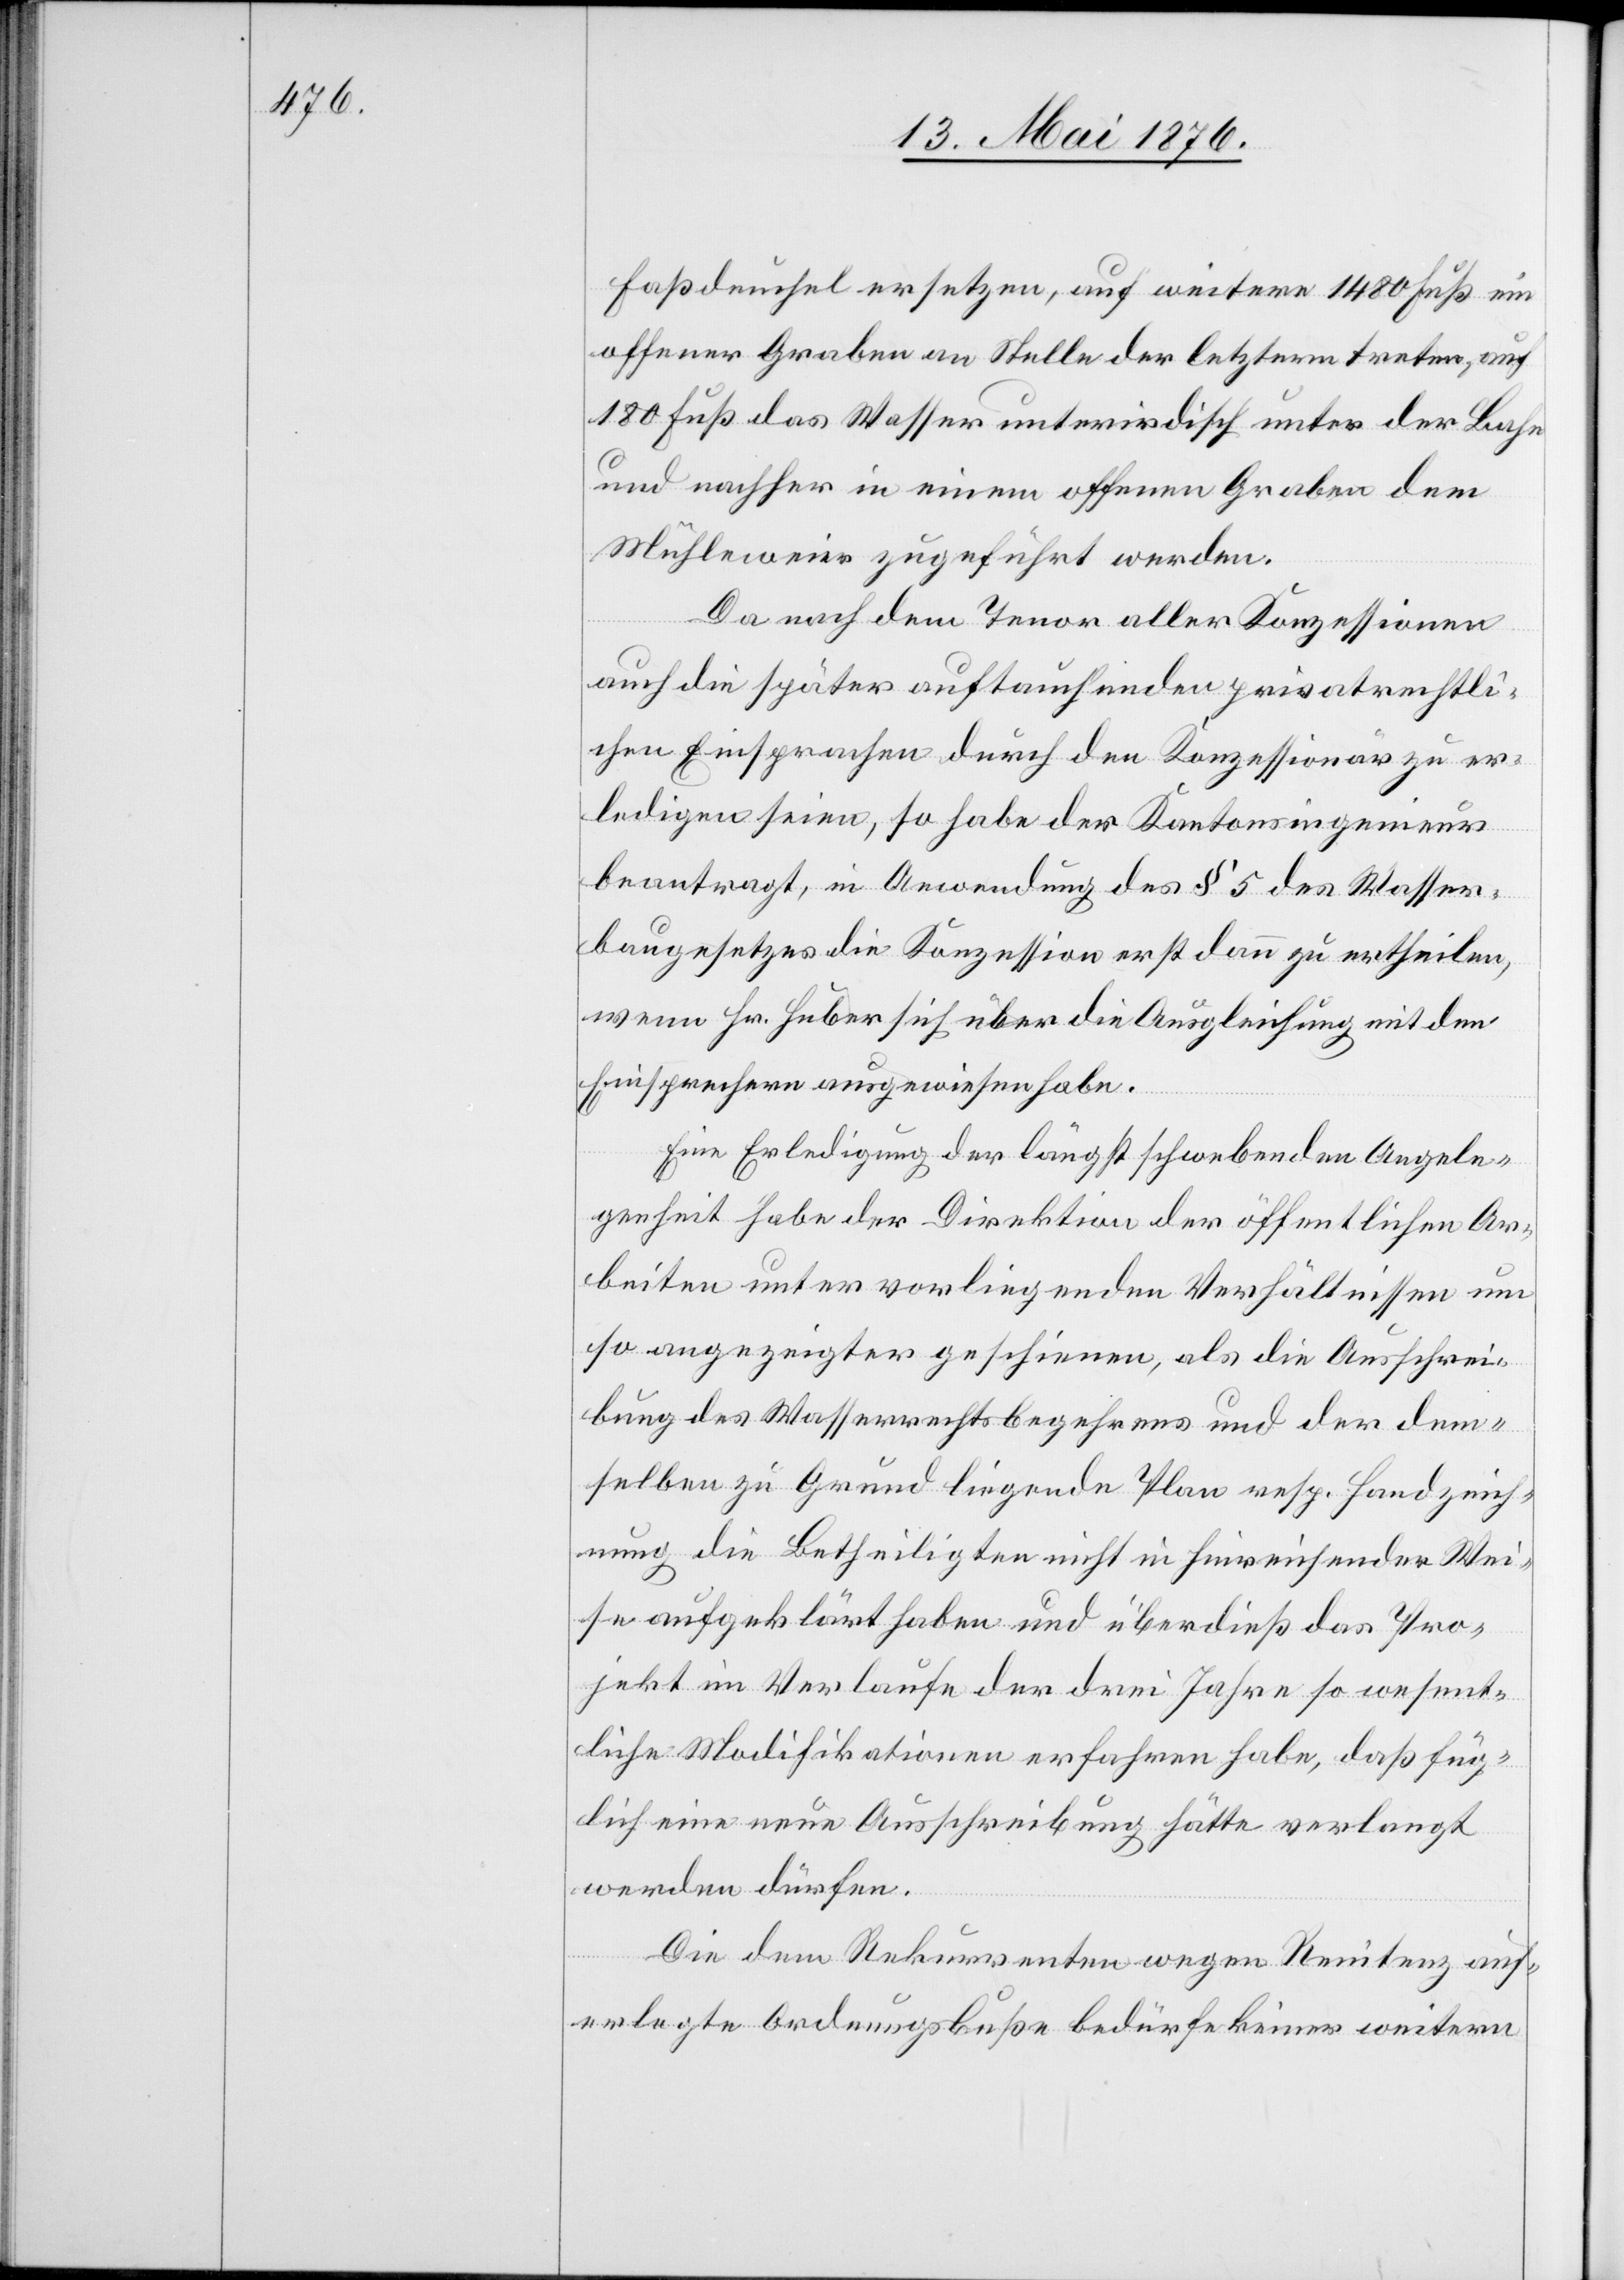
Faßdeckel ersetzen, auf weitere 1480 Fuß ein
offener Graben an Stelle der letztern treten, auf
180 Fuß das Wasser unterirdisch unter der Bahn
und nachher in einem offenen Graben dem
Mühleweier zugeführt werden.
Da nach dem Tenor aller Konzessionen
auch die später auftauchenden privatrechtli¬
chen Einsprachen durch den Konzessionär zu er¬
ledigen seien, so habe der Kantonsingenieur
beantragt, in Anordnung des § 5 des Wasser¬
baugesetzes die Konzession erst dann zu ertheilen,
wenn Hr. Huber sich über die Ausgleichung mit den
Einsprechern ausgewiesen habe.
Eine Erledigung der längst schwebenden Angele¬
genheit habe der Direktion der öffentlichen Ar¬
beiten unter vorliegenden Verhältnissen um
so angezeigter geschienen, als die Ausschrei¬
bung des Wasserrechtsbegehrens und der dem¬
selben zu Grund liegende Plan resp. Handzeich¬
nung die Betheiligten nicht in hinreichender Wei¬
se aufgeklärt haben und überdies das Pro¬
jekt im Verlaufe der drei Jahre so wesent¬
liche Modifikationen erfahren habe, daß füg¬
lich eine neue Ausschreibung hätte verlangt
werden dürfen.
Die dem Rekurrenten wegen Renitenz aufg¬
elegte Ordnungsbuße bedürfe keiner weitern